Senior Leaving Certificate Examination (including Day School Certificate (Higher) General paper), 1947
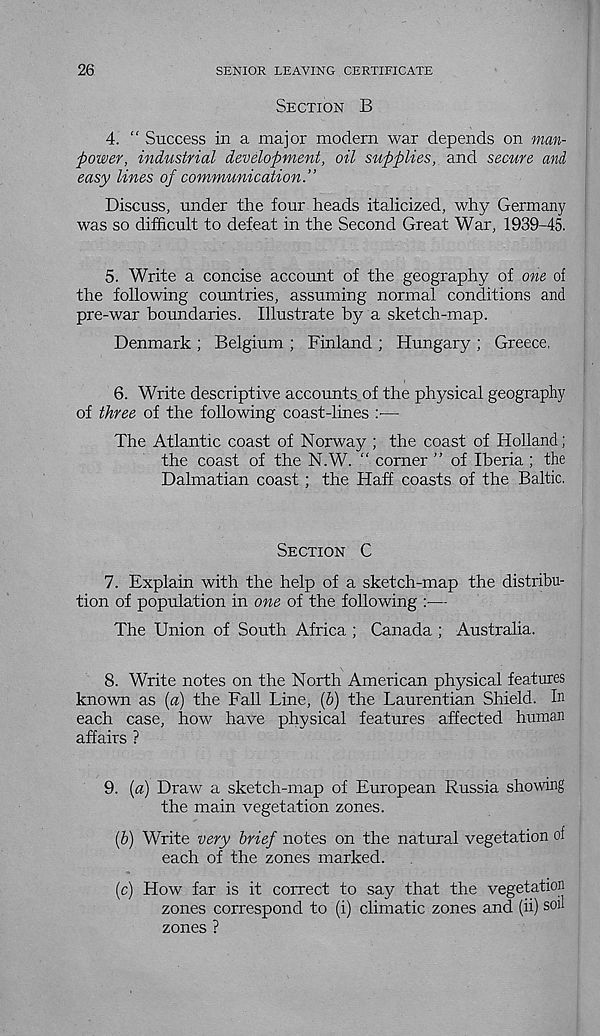
26
SENIOR LEAVING CERTIFICATE
Section B
4. " Success in a major modern war depends on man-
power, industrial development, oil supplies, and secure and
easy lines of communication.”
Discuss, under the four heads italicized, why Germany
was so difficult to defeat in the Second Great War, 1939-45.
5. Write a concise account of the geography of one oi
the following countries, assuming normal conditions and
pre-war boundaries. Illustrate by a sketch-map.
Denmark ; Belgium ; Finland ; Hungary ; Greece,
6. Write descriptive accounts of the physical geography
of three of the following coast-lines : —
The Atlantic coast of Norway ; the coast of Holland;
the coast of the N.W. “ corner ” of Iberia ; the
Dalmatian coast; the Haff coasts of the Baltic.
Section C
7. Explain with the help of a sketch-map the distribu-
tion of population in one of the following :•—
The Union of South Africa ; Canada ; Australia.
8. Write notes on the North American physical features
known as {a) the Fall Line, (6) the Laurentian Shield. In
each case, how have physical features affected human
affairs ?
9. {a) Draw a sketch-map of European Russia showing
the main vegetation zones.
{b) Write very brief notes on the natural vegetation of
each of the zones marked.
(c) How far is it correct to say that the vegetation
zones correspond to (i) climatic zones and (ii) son
zones ?